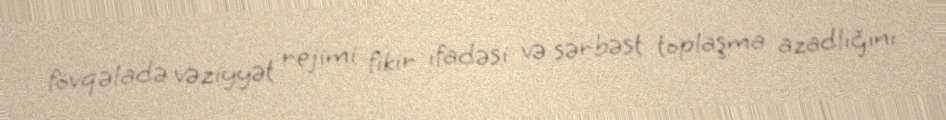
fövqəladə vəziyyət rejimi fikir ifadəsi və sərbəst toplaşma azadlığını